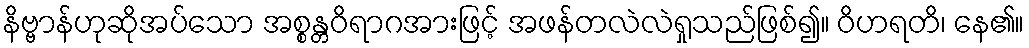
နိဗ္ဗာန်ဟုဆိုအပ်သော အစ္စန္တဝိရာဂအားဖြင့် အဖန်တလဲလဲရှုသည်ဖြစ်၍။ ဝိဟရတိ၊ နေ၏။